system: You are a helpful assistant.
user:
Analyze the provided spectrum to determine if it is a **"Cataclysmic Variables (CV)"**.

- **Key Indicators for CV (Check for either state):**
    - **State 1: Quiescent / Low-State (Emission-Dominated)**
        - **(Primary):** Strong and *very broad* Hydrogen Balmer emission lines (e.g., $H\alpha$ at 6563 Å, $H\beta$ at 4861 Å). The 'broadness' (high velocity dispersion, often FWHM > 1000 km/s) is the key diagnostic, indicating a high-velocity accretion disk.
        - **(Secondary):** Broad neutral Helium (He I) emission lines (e.g., 5876 Å, 6678 Å).
        - **(Key Confirmation):** Presence of high-excitation *ionized* Helium (He II) emission at 4686 Å. This is a strong indicator of accretion onto a white dwarf.
        - **(Line Profile):** Emission lines may exhibit a 'double-peaked' profile, which is a classic signature of a rotating accretion disk viewed at high inclination.

    - **State 2: Outburst / High-State (Absorption-Dominated)**
        - **(Primary):** Spectrum is dominated by a bright, blue continuum (looks like a hot star).
        - **(Secondary):** The emission lines from State 1 are weak, absent, or 'filled in', and are replaced by broad, shallow *absorption* lines (primarily Balmer and He I).
        - **(Morphology):** The overall spectrum mimics a hot B/A-type star. The crucial difference is that the absorption lines are significantly broader, shallower, and more 'washed-out' (or 'smeared') than the sharp lines of a normal stellar photosphere, due to high rotational speeds and pressure broadening in the disk.

Think first, call **spectral_visualization_tool** if needed to examine features in detail, then provide your final answer. Your response must adhere to the following strict rules:
1.  **Overall Structure:** Your response must follow the format `<think>...</think> <tool_call>...</tool_call> (if a tool is used) <answer>...</answer>`.
2.  **Tool Usage Constraint:** You may only make **one** tool call per turn.
3.  **Final Answer Format:** In the `<answer>` tag, your conclusion must be inside a `\boxed{}` command (e.g., `\boxed{YES}`), followed by your justification.

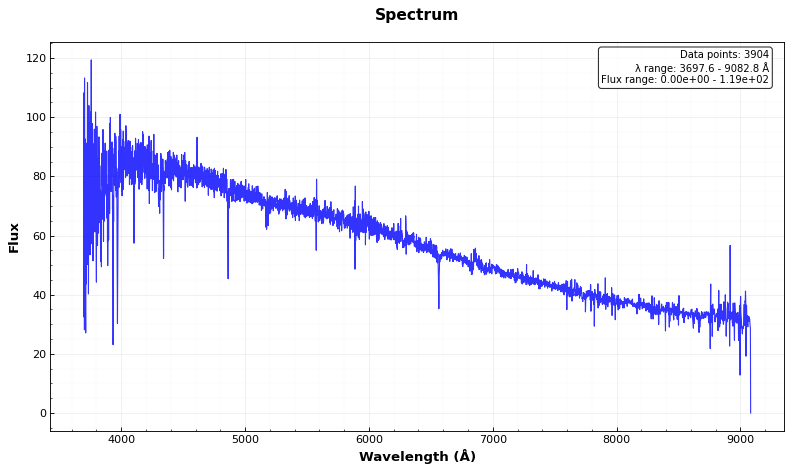
Answer: NO